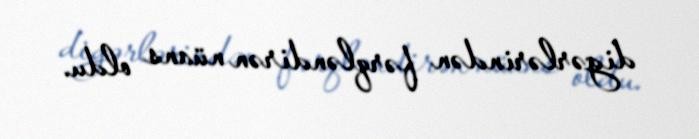
digərlərindən fərqləndirən nüans oldu.